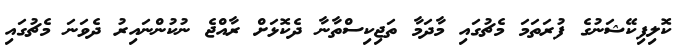
ކޮލިފިކޭޝަނުގެ ފުރަތަމަ މެޗުގައި މާދަމާ ތަޖިކިސްތާނާ ދެކޮޅަށް ރާއްޖެ ނުކުންނައިރު ދެވަނަ މެޗުގައި